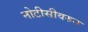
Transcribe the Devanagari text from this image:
नोटीसीवरुन